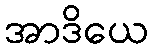
အာဒိယေ